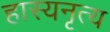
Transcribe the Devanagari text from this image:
हास्यनृत्य